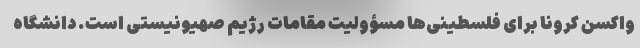
واکسن کرونا برای فلسطینی‌ها مسؤولیت مقامات رژیم صهیونیستی است. دانشگاه